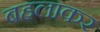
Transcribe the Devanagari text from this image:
बहलाकर